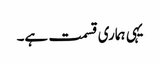
یہی ہماری قسمت ہے۔